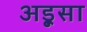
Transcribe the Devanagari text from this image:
अड़ूसा